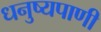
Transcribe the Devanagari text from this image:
धनुष्यपाणी